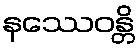
နဿေဝန္တိ